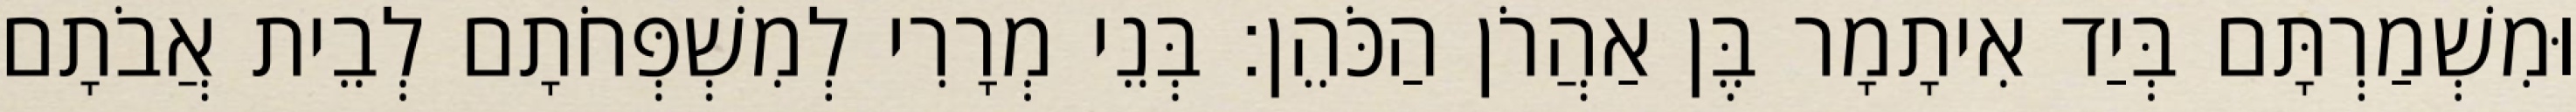
וּמִשְׁמַרְתָּם בְּיַד אִיתָמָר בֶּן אַהֲרֹן הַכֹּהֵן׃ בְּנֵי מְרָרִי לְמִשְׁפְּחֹתָם לְבֵית אֲבֹתָם